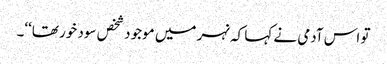
تو اس آدمی نے کہا کہ نہر میں موجود شخص سود خور تھا‘‘۔